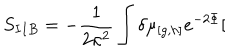
S _ { I I B } = - \frac { 1 } { 2 \kappa ^ { 2 } } \int \delta \mu _ { \lbrack g , h ] } e ^ { - 2 \Phi } [